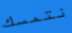
نتمسك